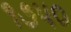
૧૭પ૦